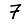
Digit: 7